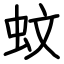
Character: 蚊